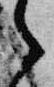
之